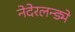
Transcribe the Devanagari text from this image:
नेदेरलन्ड्मे